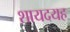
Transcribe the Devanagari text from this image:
शायदयह